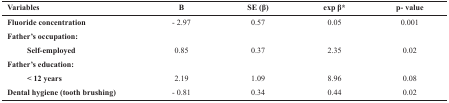
| Variables | Β | SE (β) | exp β* | p- value |
 | --- | --- | --- | --- | --- |
 | Fluoride concentration | - 2.97 | 0.57 | 0.05 | 0.001 |
 | <COLSPAN=5> Father’s occupation: |
 | Self-employed | 0.85 | 0.37 | 2.35 | 0.02 |
 | <COLSPAN=5> Father’s education: |
 | < 12 years | 2.19 | 1.09 | 8.96 | 0.08 |
 | Dental hygiene (tooth brushing) | - 0.81 | 0.34 | 0.44 | 0.02 |